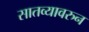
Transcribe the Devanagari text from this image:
सातव्यावरुन